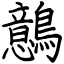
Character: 鷾